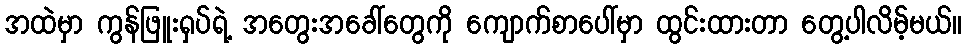
အထဲမှာ ကွန်ဖြူးရှပ်ရဲ့ အတွေးအခေါ်တွေကို ကျောက်စာပေါ်မှာ ထွင်းထားတာ တွေ့ပါလိမ့်မယ်။